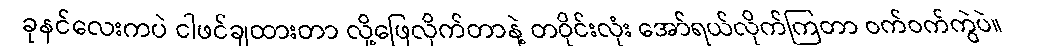
ခုနင်လေးကပဲ ငါဖင်ချထားတာ လို့ဖြေလိုက်တာနဲ့ တဝိုင်းလုံး အော်ရယ်လိုက်ကြတာ ဝက်ဝက်ကွဲပဲ။